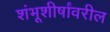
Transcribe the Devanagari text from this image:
शंभूशीर्षांवरील